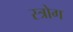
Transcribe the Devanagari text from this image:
स्त्रोग